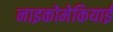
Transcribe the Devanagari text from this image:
नाइकोमेकियाई